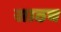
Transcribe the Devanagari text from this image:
साठच